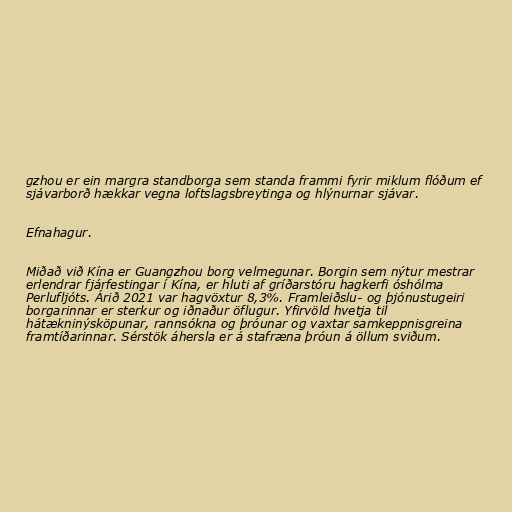
gzhou er ein margra standborga sem standa frammi fyrir miklum flóðum ef
sjávarborð hækkar vegna loftslagsbreytinga og hlýnurnar sjávar.

Efnahagur.

Miðað við Kína er Guangzhou borg velmegunar. Borgin sem nýtur mestrar
erlendrar fjárfestingar í Kína, er hluti af gríðarstóru hagkerfi óshólma
Perlufljóts. Árið 2021 var hagvöxtur 8,3%. Framleiðslu- og þjónustugeiri
borgarinnar er sterkur og iðnaður öflugur. Yfirvöld hvetja til
hátækninýsköpunar, rannsókna og þróunar og vaxtar samkeppnisgreina
framtíðarinnar. Sérstök áhersla er á stafræna þróun á öllum sviðum.